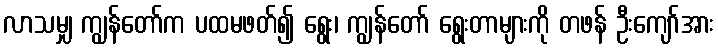
လာသမျှ ကျွန်တော်က ပထမဖတ်၍ ရွေး၊ ကျွန်တော် ရွေးတာများကို တဖန် ဦးကျော်အား